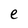
Character: e